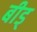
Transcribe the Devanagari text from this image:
बीड्